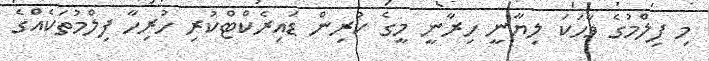
މި ފިލްމުގެ ވާހަކަ ލިޔާނީ ހިރާނީ މީގެ ކުރިން ޑައިރެކްޓްކުރި ހުރިހާ ފިލްމުތަކެއްގެ